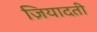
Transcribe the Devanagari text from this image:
ज़ियादती